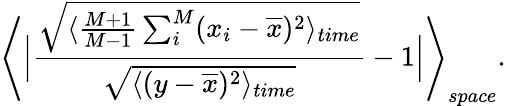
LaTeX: \Biggl\langle\Bigl\vert\frac{\sqrt{\langle\frac{M+1}{M-1}\sum_{i}^{M}(x_{i}-\overline{{x}})^{2}\rangle_{time}}}{\sqrt{\langle(y-\overline{{x}})^{2}\rangle_{time}}}-1\Bigl\vert\Biggl\rangle_{space}.